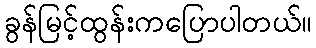
ခွန်မြင့်ထွန်းကပြောပါတယ်။